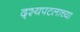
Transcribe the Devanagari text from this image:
द्श्यपटलाच्या